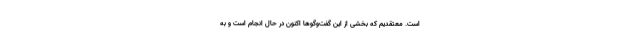
است. معتقدیم که بخشی از این گفت‌وگوها اکنون در حال انجام است و به